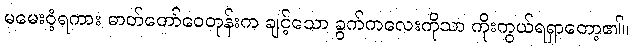
မမေးဝံ့ရကား ဓာတ်တော်ဝေတုန်းက ချင့်သော ခွက်ကလေးကိုသာ ကိုးကွယ်ရရှာတော့၏။